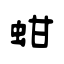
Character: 蚶